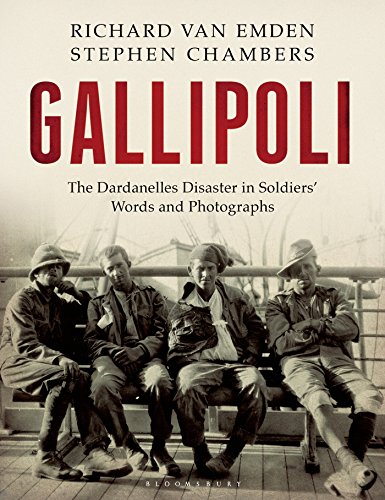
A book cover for Gallipoli: The Dardanelles Disaster in Soldiers' Words and Photographs; Richard van Emden; History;